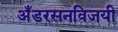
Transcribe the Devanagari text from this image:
अँडरसनविजयी